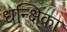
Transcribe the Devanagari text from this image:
धन्क्षिका